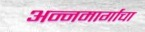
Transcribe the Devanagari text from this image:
अन्नमार्गाचा